Sketch of the medical history of the native army of Bombay, for the year
Year: 1870
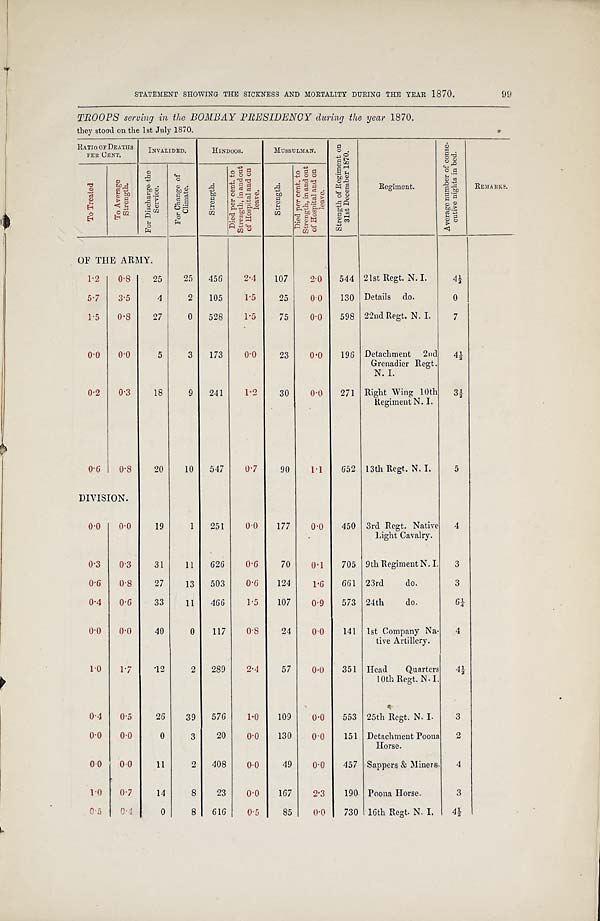
STATEMENT SHOWING THE SICKNESS AND MORTALITY DURING THE YEAR 1870.
99
TROOPS serving in the BOMBAY PRESIDENCY during the year 1870.
they stood on the 1st July 1870.
RATIO OF DEATHS
PER CENT.
INVALIDED.
HINDOOS.
MUSSULMAN.
S t r e n g t h o f R e g i m e n t o n
3 1 s t D e c e m b e r 1 8 7 0 .
Regiment.
A v e r a g e n u m b e r o f c o n s e -
c u t i v e n i g h t s i n b e d .
REMARKS.
T o T r e a t e d
T o A v e r a g e
S t r e n g t h .
F o r D i s c h a r g e t h e
S e r v i c e .
F o r C h a n g e o f
C l i m a t e .
S t r e n g t h .
D i e d p e r c e n t . t o
S t r e n g t h , i n a n d o u t
o f H o s p i t a l a n d o nl
e a v e .
S t r e n g t h .
D i e d p e r c e n t . t o
S t r e n g t h , i n a n d o u t
o f H o s p i t a l a n d o n
l e a v e .
OF THE ARMY.
1.2 0.8
25
25 456
2.4 107
2.0 544 21st Regt. N. I.
4½
5.7 3.5
4
2 105
1.5
25
0.0 130 Details do.
0
1.5 0.8
27
0 528
1.5
75
0.0 598 22nd Regt. N. I.
7
0.0 0.0
5
3 173
0.0
23
0.0 196 Detachment 2nd
Grenadier Regt.
N. I.
4½
0.2 0.3
18
9 241
1.2
30
0.0 271 Right Wing 10th
Regiment N. I.
3½
0.6 0.8
20
10 547
0.7
90
1.1 652 13th Regt. N. I.
5
DIVISION.
0.0 0.0
19
1 251
0.0 177 0.0 450 3rd Regt. Native
Light Cavalry.
4
0.3 0.3
31
11 626
0.6
70
0.1 705 9th Regiment N. I. 3
0.6 0.8
27
13 503
0.6 124
1.6 661 23rd
do.
3
0.4 0.6
33
11 466
1.5 107
0.9 573 24th
do.
6¼
0.0 0.0
40
0 117
0.8
24
0.0 141 1st Company Na-
tive Artillery.
4
1.0 1.7
12
2 289
2.4
57
0.0 351 Head Quarters
10th Regt. N. I.
4½
0.4 0.5
26
39 576
1.0 109
0.0 553 25th Regt. N. I.
3
0.0 0.0
0
3
20
0.0 130 0.0 151 Detachment Poona
Horse.
2
0.0 0.0
11
2 408 0.0
49
0.0 457 Sappers & Miners. 4
1.0 0. 7
14
8
23
0.0 167
2.3 190 Poona Horse.
3
0.5 0.0
0
8 616
0.5
85
0.0 730 16th Regt. N. I. 4 ½